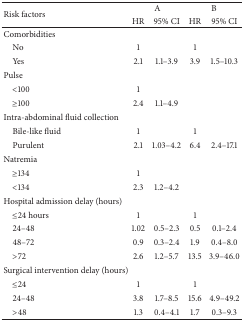
<table><thead><tr><td rowspan="2"><b>Risk factors</b></td><td colspan="2"><b>A</b></td><td colspan="2"><b>B</b></td></tr><tr><td><b>HR</b></td><td><b>95% CI</b></td><td><b>HR</b></td><td><b>95% CI</b></td></tr></thead><tbody><tr><td>Comorbidities</td><td>[EMPTY_CELL]</td><td>[EMPTY_CELL]</td><td>[EMPTY_CELL]</td><td>[EMPTY_CELL]</td></tr><tr><td> No</td><td>1</td><td>[EMPTY_CELL]</td><td>1</td><td>[EMPTY_CELL]</td></tr><tr><td> Yes</td><td>2.1</td><td>1.1–3.9</td><td>3.9</td><td>1.5–10.3</td></tr><tr><td>Pulse</td><td>[EMPTY_CELL]</td><td>[EMPTY_CELL]</td><td>[EMPTY_CELL]</td><td>[EMPTY_CELL]</td></tr><tr><td> &lt;100</td><td>1</td><td>[EMPTY_CELL]</td><td>[EMPTY_CELL]</td><td>[EMPTY_CELL]</td></tr><tr><td> ≥100</td><td>2.4</td><td>1.1–4.9</td><td>[EMPTY_CELL]</td><td>[EMPTY_CELL]</td></tr><tr><td>Intra-abdominal fluid collection</td><td>[EMPTY_CELL]</td><td>[EMPTY_CELL]</td><td>[EMPTY_CELL]</td><td>[EMPTY_CELL]</td></tr><tr><td> Bile-like fluid </td><td>1</td><td>[EMPTY_CELL]</td><td>1</td><td>[EMPTY_CELL]</td></tr><tr><td> Purulent</td><td>2.1</td><td>1.03–4.2</td><td>6.4</td><td>2.4–17.1</td></tr><tr><td>Natremia</td><td>[EMPTY_CELL]</td><td>[EMPTY_CELL]</td><td>[EMPTY_CELL]</td><td>[EMPTY_CELL]</td></tr><tr><td> ≥134</td><td>1</td><td>[EMPTY_CELL]</td><td>[EMPTY_CELL]</td><td>[EMPTY_CELL]</td></tr><tr><td> &lt;134</td><td>2.3</td><td>1.2–4.2</td><td>[EMPTY_CELL]</td><td>[EMPTY_CELL]</td></tr><tr><td>Hospital admission delay (hours)</td><td>[EMPTY_CELL]</td><td>[EMPTY_CELL]</td><td>[EMPTY_CELL]</td><td>[EMPTY_CELL]</td></tr><tr><td> ≤24 hours</td><td>1</td><td>[EMPTY_CELL]</td><td>1</td><td>[EMPTY_CELL]</td></tr><tr><td> 24–48</td><td>1.02</td><td>0.5–2.3</td><td>0.5</td><td>0.1–2.4</td></tr><tr><td> 48–72</td><td>0.9</td><td>0.3–2.4</td><td>1.9</td><td>0.4–8.0</td></tr><tr><td> &gt;72</td><td>2.6</td><td>1.2–5.7</td><td>13.5</td><td>3.9–46.0</td></tr><tr><td>Surgical intervention delay (hours)</td><td>[EMPTY_CELL]</td><td>[EMPTY_CELL]</td><td>[EMPTY_CELL]</td><td>[EMPTY_CELL]</td></tr><tr><td> ≤24</td><td>1</td><td>[EMPTY_CELL]</td><td>1</td><td>[EMPTY_CELL]</td></tr><tr><td> 24–48</td><td>3.8</td><td>1.7–8.5</td><td>15.6</td><td>4.9–49.2</td></tr><tr><td> &gt;48</td><td>1.3</td><td>0.4–4.1</td><td>1.7</td><td>0.3–9.3</td></tr></tbody></table>